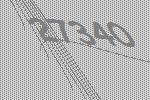
27340